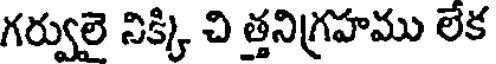
గర్వులై నిక్కి చి త్తనిగ్రహము లేక